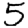
Digit: 5